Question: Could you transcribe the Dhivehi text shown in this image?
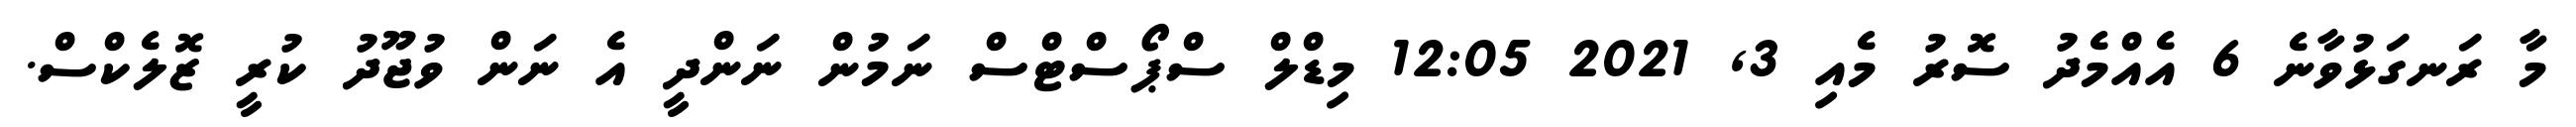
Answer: މާ ރަނގަޅުވާނެ 6 އެއްމެދު ސޮރު މެއި 3, 2021 12:05 މިޑްލް ސްޕޯސްޓްސް ނަމުން ނަންދީ އެ ނަން ވުޖޫދު ކުރީ ޒޮލެކްސް.